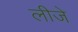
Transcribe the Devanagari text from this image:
लीजे